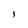
Character: l